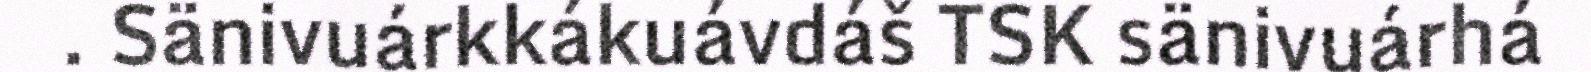
. Sänivuárkkákuávdáš TSK sänivuárhá